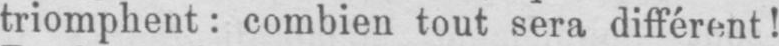
triomphent: combien tout sera différent!